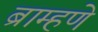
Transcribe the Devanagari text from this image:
ब्राम्हणे